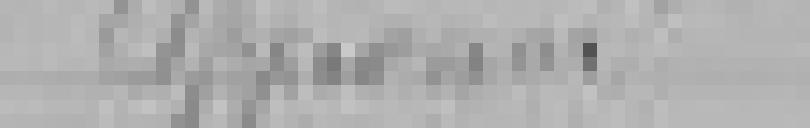
approuvé